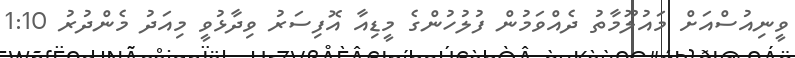
ވީނިއުސްއަށް މައުލޫމާތު ދެއްވަމުން ފުލުހުންގެ މީޑިއާ އޮފިސަރު ވިދާޅުވީ މިއަދު މެންދުރު 1:10